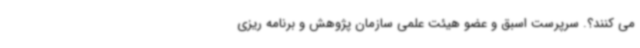
می کنند؟. سرپرست اسبق و عضو هیئت علمی سازمان پژوهش و برنامه ریزی